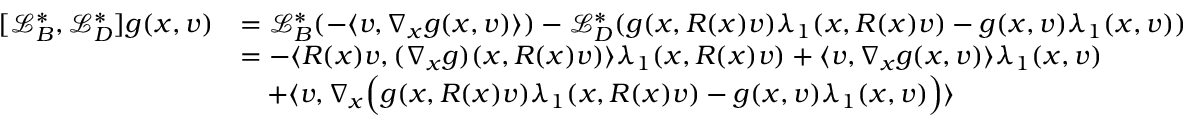
\begin{array} { r l } { [ \mathcal { L } _ { B } ^ { * } , \mathcal { L } _ { D } ^ { * } ] g ( x , v ) } & { = \mathcal { L } _ { B } ^ { * } ( - \langle v , \nabla _ { x } g ( x , v ) \rangle ) - \mathcal { L } _ { D } ^ { * } ( g ( x , R ( x ) v ) \lambda _ { 1 } ( x , R ( x ) v ) - g ( x , v ) \lambda _ { 1 } ( x , v ) ) } \\ & { = - \langle R ( x ) v , ( \nabla _ { x } g ) ( x , R ( x ) v ) \rangle \lambda _ { 1 } ( x , R ( x ) v ) + \langle v , \nabla _ { x } g ( x , v ) \rangle \lambda _ { 1 } ( x , v ) } \\ & { \quad + \langle v , \nabla _ { x } \Big ( g ( x , R ( x ) v ) \lambda _ { 1 } ( x , R ( x ) v ) - g ( x , v ) \lambda _ { 1 } ( x , v ) \Big ) \rangle } \end{array}